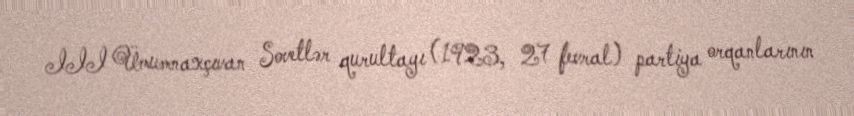
III Ümumnaxçıvan Sovetlər qurultayı (1923, 27 fevral) partiya orqanlarının